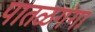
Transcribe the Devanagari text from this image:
पातळगंगा